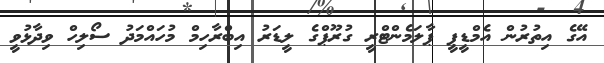
އޭގެ އިތުރުން އެމްޑީޕީ ޕާލަމެންޓްރީ ގުރޫޕްގެ ލީޑަރު އިބްރާހިމް މުހައްމަދު ސޯލިހް ވިދާޅުވީ